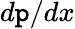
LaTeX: d\mathtt{p}/dx